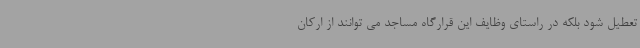
تعطیل شود بلکه در راستای وظایف این قرارگاه مساجد می توانند از ارکان